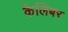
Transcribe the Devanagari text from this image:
केलिबर